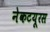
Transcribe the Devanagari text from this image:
नेकटयूरस